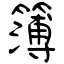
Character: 簿